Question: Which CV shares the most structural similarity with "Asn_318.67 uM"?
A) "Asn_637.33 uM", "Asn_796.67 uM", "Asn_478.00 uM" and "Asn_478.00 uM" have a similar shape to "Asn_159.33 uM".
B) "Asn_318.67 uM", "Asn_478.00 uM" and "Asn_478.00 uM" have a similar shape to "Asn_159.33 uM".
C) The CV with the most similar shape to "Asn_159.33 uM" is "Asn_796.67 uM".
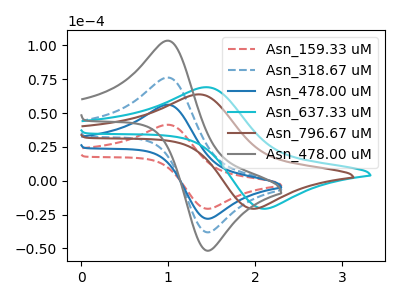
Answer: <think>The red dashed curve "Asn_159.33 uM" has an anodic peak at (1.00V, 41.40uA) and a cathodic peak at (1.50V, -20.55uA). The blue dashed curve "Asn_318.67 uM" has an anodic peak at (1.00V, 112.40uA) and a cathodic peak at (1.50V, -55.70uA). The blue curve "Asn_478.00 uM" has an anodic peak at (1.00V, 56.20uA) and a cathodic peak at (1.50V, -27.85uA). The cyan curve "Asn_637.33 uM" has an anodic peak at (1.45V, 69.15uA) and a cathodic peak at (2.15V, -20.45uA). The brown curve "Asn_796.67 uM" has an anodic peak at (1.35V, 63.85uA) and a cathodic peak at (2.00V, -20.45uA). The gray curve "Asn_478.00 uM" has an anodic peak at (1.00V, 168.60uA) and a cathodic peak at (1.50V, -83.60uA).
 All the peaks in "Asn_159.33 uM" have a peak in "Asn_318.67 uM" at the same potential. Every peak in "Asn_159.33 uM" is lower than every peak in "Asn_318.67 uM". All the peaks in "Asn_159.33 uM" have a peak in "Asn_478.00 uM" at the same potential. Every peak in "Asn_159.33 uM" is lower than every peak in "Asn_478.00 uM". "Asn_159.33 uM" and "Asn_637.33 uM" have at least one peak that do not match. "Asn_159.33 uM" and "Asn_796.67 uM" have at least one peak that do not match. All the peaks in "Asn_159.33 uM" have a peak in "Asn_478.00 uM" at the same potential. Every peak in "Asn_159.33 uM" is lower than every peak in "Asn_478.00 uM". All the peaks in "Asn_318.67 uM" have a peak in "Asn_478.00 uM" at the same potential. Every peak in "Asn_318.67 uM" is higher than every peak in "Asn_478.00 uM". "Asn_318.67 uM" and "Asn_637.33 uM" have at least one peak that do not match. "Asn_318.67 uM" and "Asn_796.67 uM" have at least one peak that do not match. All the peaks in "Asn_318.67 uM" have a peak in "Asn_478.00 uM" at the same potential. Every peak in "Asn_318.67 uM" is lower than every peak in "Asn_478.00 uM". "Asn_478.00 uM" and "Asn_637.33 uM" have at least one peak that do not match. "Asn_478.00 uM" and "Asn_796.67 uM" have at least one peak that do not match. All the peaks in "Asn_478.00 uM" have a peak in "Asn_478.00 uM" at the same potential. Every peak in "Asn_478.00 uM" is lower than every peak in "Asn_478.00 uM". "Asn_637.33 uM" and "Asn_796.67 uM" have at least one peak that do not match. "Asn_637.33 uM" and "Asn_478.00 uM" have at least one peak that do not match. "Asn_796.67 uM" and "Asn_478.00 uM" have at least one peak that do not match.</think>
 <answer>B) "Asn_318.67 uM", "Asn_478.00 uM" and "Asn_478.00 uM" have a similar shape to "Asn_159.33 uM".</answer>
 <eval>B</eval>